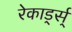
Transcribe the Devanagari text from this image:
रेकार्ड्स्